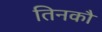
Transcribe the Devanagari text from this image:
तिनकौ